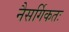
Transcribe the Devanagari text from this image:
नैसर्गिकतः